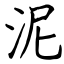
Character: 泥